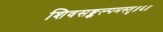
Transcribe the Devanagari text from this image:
शिवसङ्कल्पमस्तु॥६॥